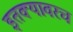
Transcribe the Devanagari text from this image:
इतक्यावरच